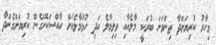
މިހާރު ކުރިޔަށްދާ ތިންވަނަ ބުރަކީ މާލެއާއި ވިލިމާލެ އަދި ހުޅުމާލެއަށް ހާއްސަކޮށްގެން ކުރިޔަށްގެންދާ